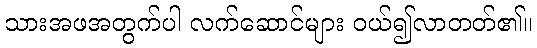
သားအဖအတွက်ပါ လက်ဆောင်များ ဝယ်၍လာတတ်၏။